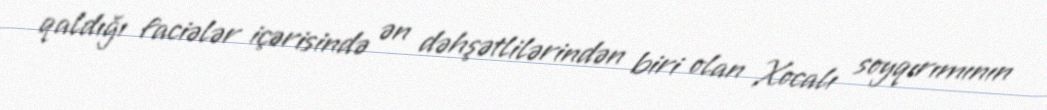
qaldığı faciələr içərisində ən dəhşətlilərindən biri olan Xocalı soyqırımının